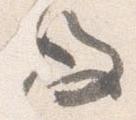
後